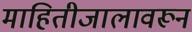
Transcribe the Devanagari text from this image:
माहितीजालावरून